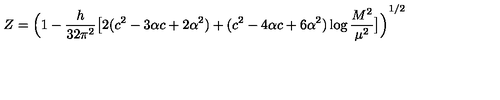
Z = { \Big ( 1 - \frac { h } { 3 2 \pi ^ { 2 } } \big [ 2 ( c ^ { 2 } - 3 \alpha c + 2 \alpha ^ { 2 } ) + ( c ^ { 2 } - 4 \alpha c + 6 \alpha ^ { 2 } ) \log \frac { M ^ { 2 } } { \mu ^ { 2 } } \big ] \Big ) } ^ { 1 / 2 }